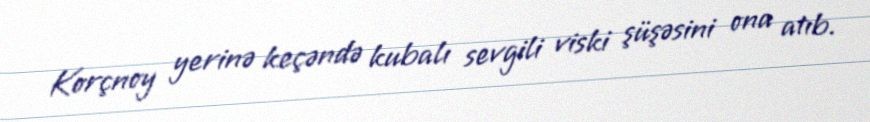
Korçnoy yerinə keçəndə kubalı sevgili viski şüşəsini ona atıb.